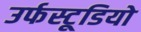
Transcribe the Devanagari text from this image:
उर्फस्टूडियो